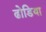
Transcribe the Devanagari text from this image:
ढोडिया